Annual administration report of the Civil Veterinary Department of India - 1896-1897
Year: 1896
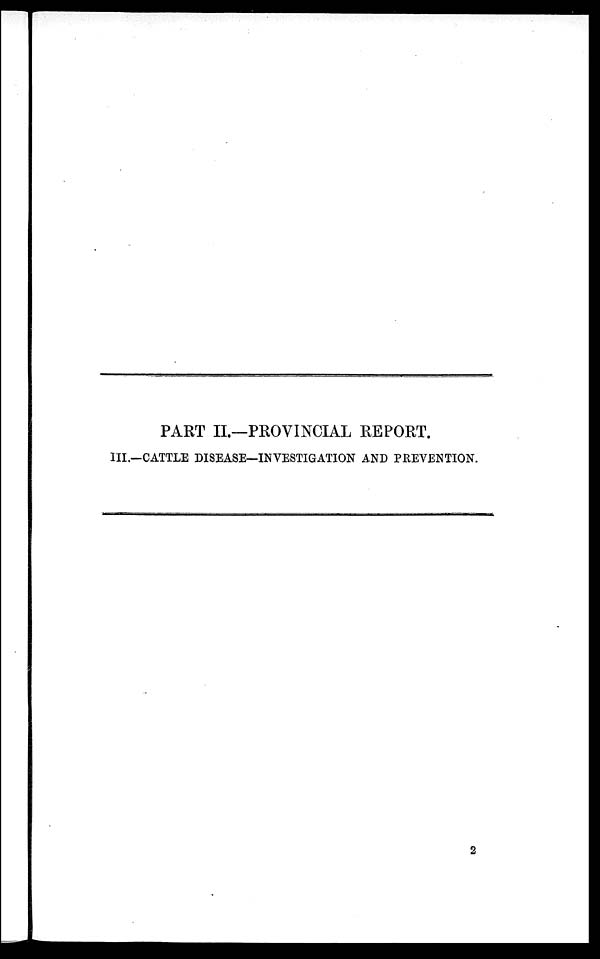
PART II.—PROVINCIAL REPORT.
III.—CATTLE DISEASE—INVESTIGATION AND PREVENTION.